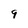
Character: 9